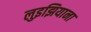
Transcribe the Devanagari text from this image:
लुइझियाना